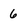
Character: 6